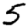
Digit: 5